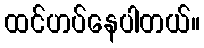
ထင်ဟပ်နေပါတယ်။